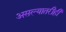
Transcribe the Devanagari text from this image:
असल्यातरीही